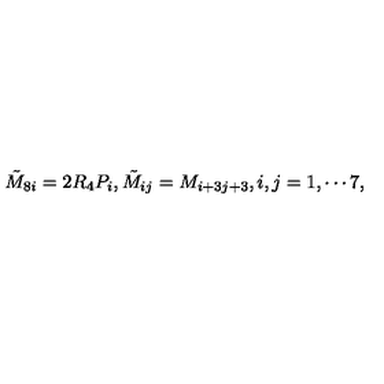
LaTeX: \tilde { M } _ { 8 i } = 2 R _ { 4 } P _ { i } , \tilde { M } _ { i j } = M _ { i + 3 j + 3 } , i , j = 1 , \cdots 7 ,